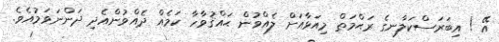
އޭ ! އިބަރަސްކަލާނގެ ރަޙްމަތް މިއަޅާއަށް ލެއްވުން ޙައްޤުވާހާ ކަމެއް ދެއްވުންއެދި ދަންނަވަމުއެވެ.